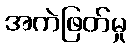
အကဲဖြတ်မှု